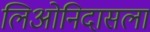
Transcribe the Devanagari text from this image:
लिओनिदासला